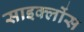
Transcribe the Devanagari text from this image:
साइक्लोंस